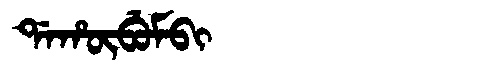
Manchu: ᡩᠠᡥᡡᠪᡠᠮᠪᡳ
Romanization: DAHŪBUMBI